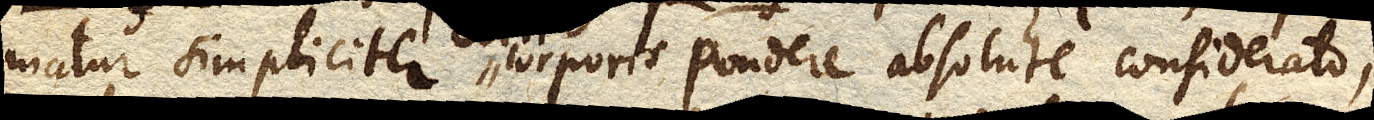
matur simpliciter corporis pondere absolute considerato;